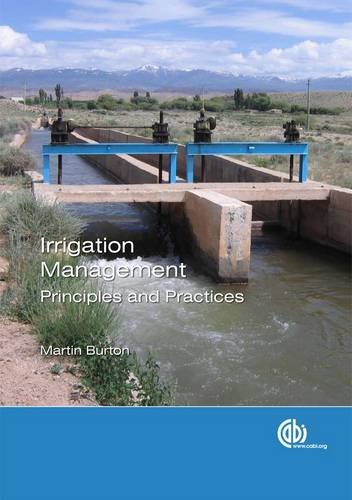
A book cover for Irrigation Management: Principles and Practices; Martin A. Burton; Science & Math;